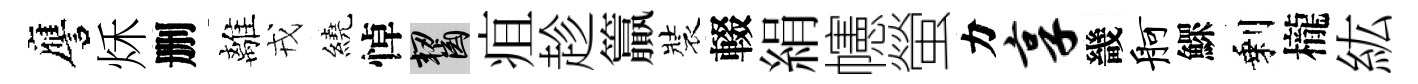
譍秌删離戎繞悼齧疽趁籯裝輟絹幰螢力享畿舸鰥剩櫳紘